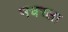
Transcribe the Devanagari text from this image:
मचरला